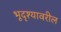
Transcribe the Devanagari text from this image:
भूदृश्यावरील